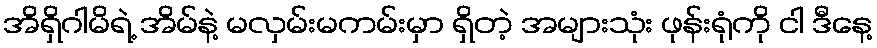
အိရှိဂါမိရဲ့ အိမ်နဲ့ မလှမ်းမကမ်းမှာ ရှိတဲ့ အများသုံး ဖုန်းရုံကို ငါ ဒီနေ့